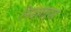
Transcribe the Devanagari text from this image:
भिडणाऱ्या